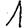
Digit: 1